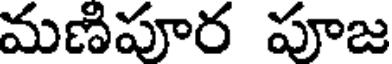
మణిపూర పూజ